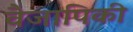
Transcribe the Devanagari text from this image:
वैजापिकी